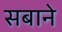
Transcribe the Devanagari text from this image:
सबाने